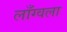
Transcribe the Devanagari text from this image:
लाँग्वला